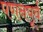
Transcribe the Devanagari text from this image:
पणनपूर्व